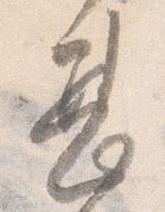
甚